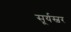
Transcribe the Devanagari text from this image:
सूर्यस्वर